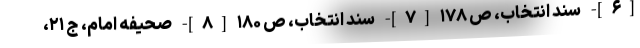
[۶]- سند انتخاب، ص ۱۷۸ [۷]- سند انتخاب، ص ۱۸۰ [۸]- صحیفه امام، ج ۲۱،